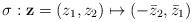
LaTeX: \begin{align*}\sigma: \mathbf{z}=(z_{1},z_{2})\mapsto(-\bar{z}_{2},\bar{z}_{1})\end{align*}